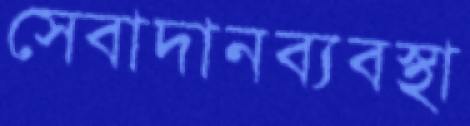
সেবাদানব্যবস্থা